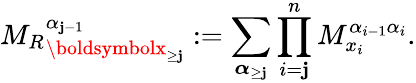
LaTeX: {M_{R}}_{\boldsymbolx_{\ge\mathbf{j}}}^{\alpha_{\mathbf{j}-1}}:=\sum_{\boldsymbol{\alpha}_{\ge\mathbf{j}}}\prod_{i=\mathbf{j}}^{n}M_{x_{i}}^{\alpha_{i-1}\alpha_{i}}.